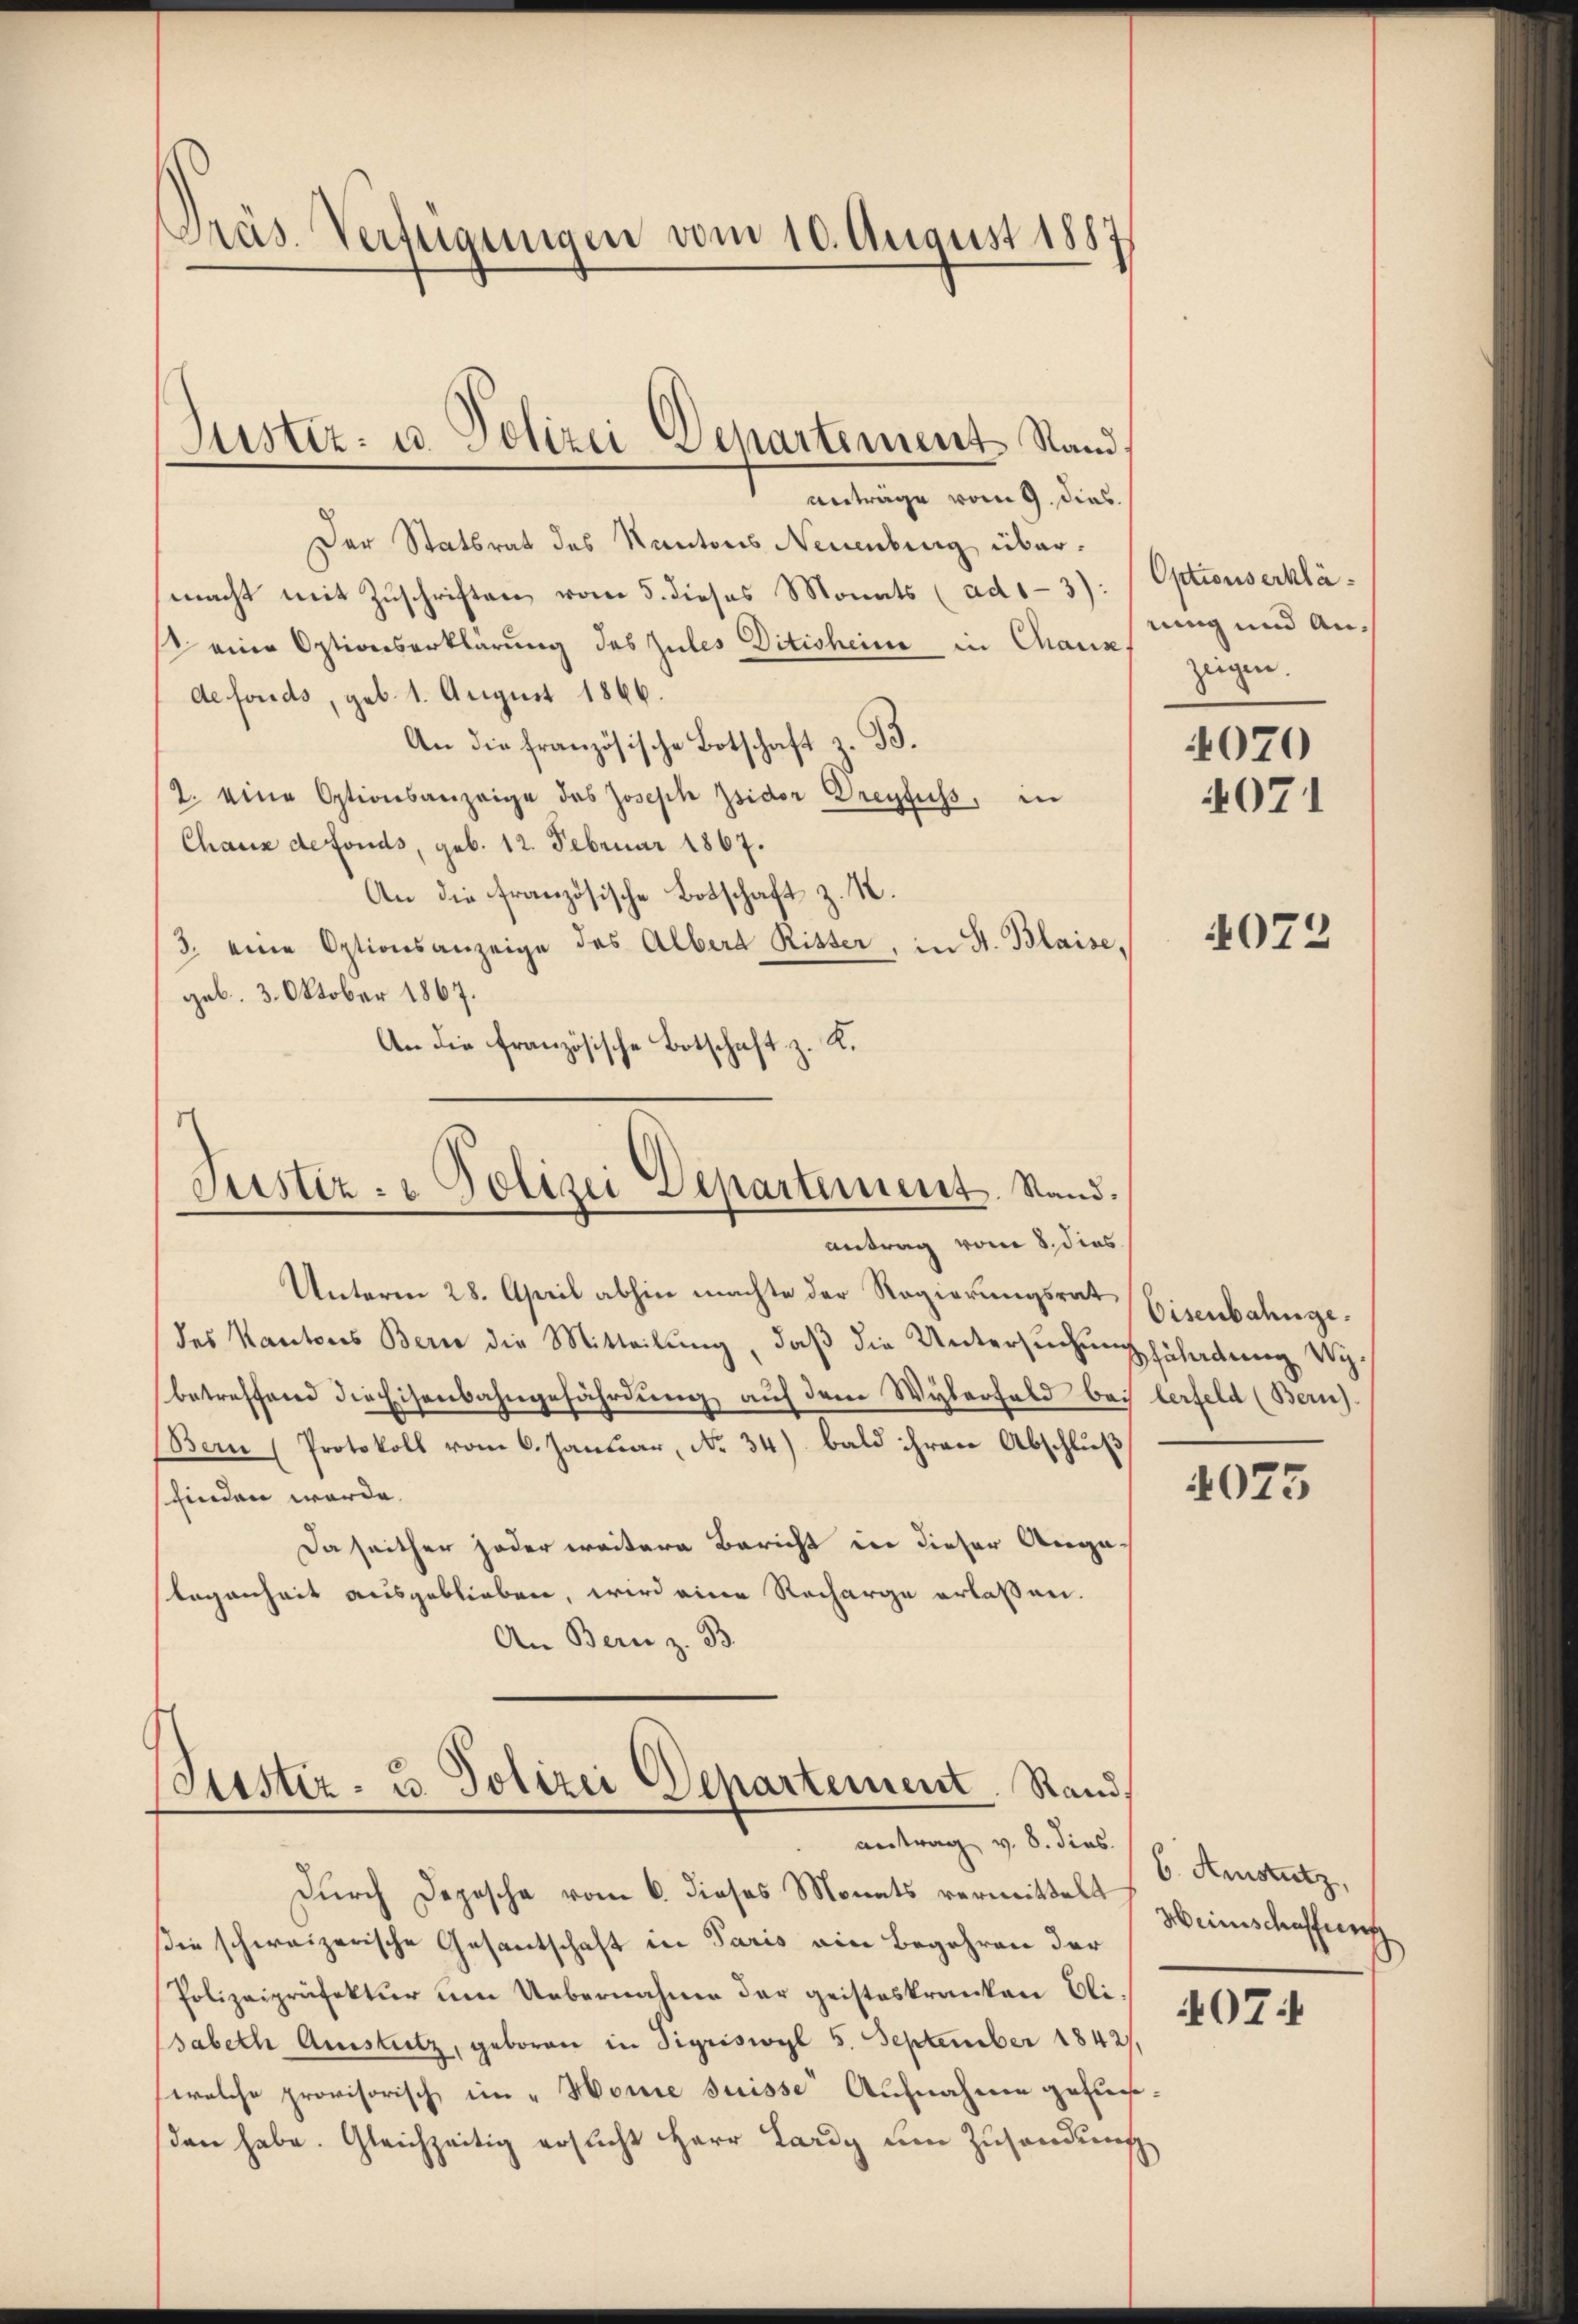
Präs. Verfügungen vom 10. August 1887

Der Statsrat des Kantons Neuenburg übermacht mit Zuschriften vom 5. dieses Monats (ad1-3): (Optionserkläeine Optionserklärung des Zules Ditisheime in Chaus
defonds, geb. 1. August 1866.
An die französische Botschaft z. B.
2. eine Optionsanzeige des Joseph Jsidor Dreyfuss, in
Chaus defonds, geb. 12. Februar 1867.
An die französische Botschaft z. K.
3. eine Optionsanzeige des Albert Ritter, in St. Blaise,
geb. 3. Oktober 1867.
An die französische Botschaft u. K.
d

Justiz- u. Polizei Departements Standanträge vom 9. dies

Justiz- & Polizei Departement. Stand.
antrag vom 8. dies

Unterm 28. April abhin machte der Regierungsrat
des Kantons Bern die Mitteilung, daß die Untersuchungsladung Wybetreffend die Eisenbahngefährdung auf dem Wyberfeld bei lerfeld (Bern).
Bern (Protokoll vom 6. Januar, No 34) bald ihren Abschluß
sfinden werde.
Da seither jeder weitere Bericht in dieser Acega-
legenheit ausgeblieben, wird eine Recharge erlaßen.
An Bern z. B.

Geister- u. Polizei Departement Rand
antrag v. 8. dies

Durch Depesche vom 6. dieses Monats vermittelt
sie schweizerische Gesantschaft in Paris ein Begehren der
Polizeipräfektur um Uebernahme der geisteskranken Elisabeth Ausstitz, geboren in Sigriswyl 5. September 1842/
(welche provisorisch im „Homie suisse Aufnahme gefunden habe. Gleichzeitig ersucht Herr Lardy um Zusendung

rung und Anzeigen.
4070

407

4073

Eisenbahnge.

4075

6. Amstutz,
Heinschaffung

407